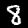
Label: 8